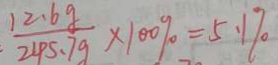
\frac { 1 2 . 6 g } { 2 4 5 . 7 g } \times 1 0 0 \% = 5 . 1 \%